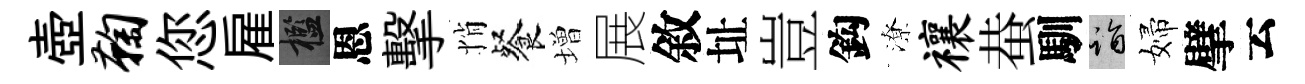
壺鞠您雇檻恩擊悄餐増展敘址豈鈎潦禳蛬馴诣婦擘云